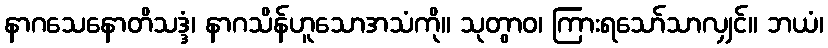
နာဂသေနောတိသဒ္ဒံ၊ နာဂသိန်ဟူသောအသံကို။ သုတွာဝ၊ ကြားရသော်သာလျှင်။ ဘယံ၊